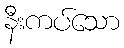
နီးကပ်သော